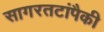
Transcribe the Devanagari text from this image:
सागरतटांपैकी